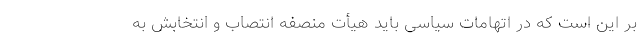
بر این است که در اتهامات سیاسی باید هیأت منصفه انتصاب و انتخابش به